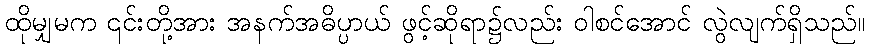
ထိုမျှမက ၎င်းတို့အား အနက်အဓိပ္ပာယ် ဖွင့်ဆိုရာ၌လည်း ဝါစင်အောင် လွဲလျက်ရှိသည်။